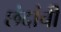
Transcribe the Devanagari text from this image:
छंदांची